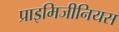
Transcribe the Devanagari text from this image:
प्राइमिजीनियस